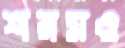
শরমও